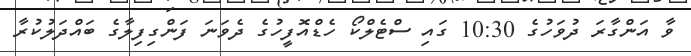
ވާ އަންގާރަ ދުވަހުގެ 10:30 ގައި ސްޓެލްކޯ ހެޑްއޮފީހުގެ ދެވަނަ ފަންގިފިލާގެ ބައްދަލުކުރާ